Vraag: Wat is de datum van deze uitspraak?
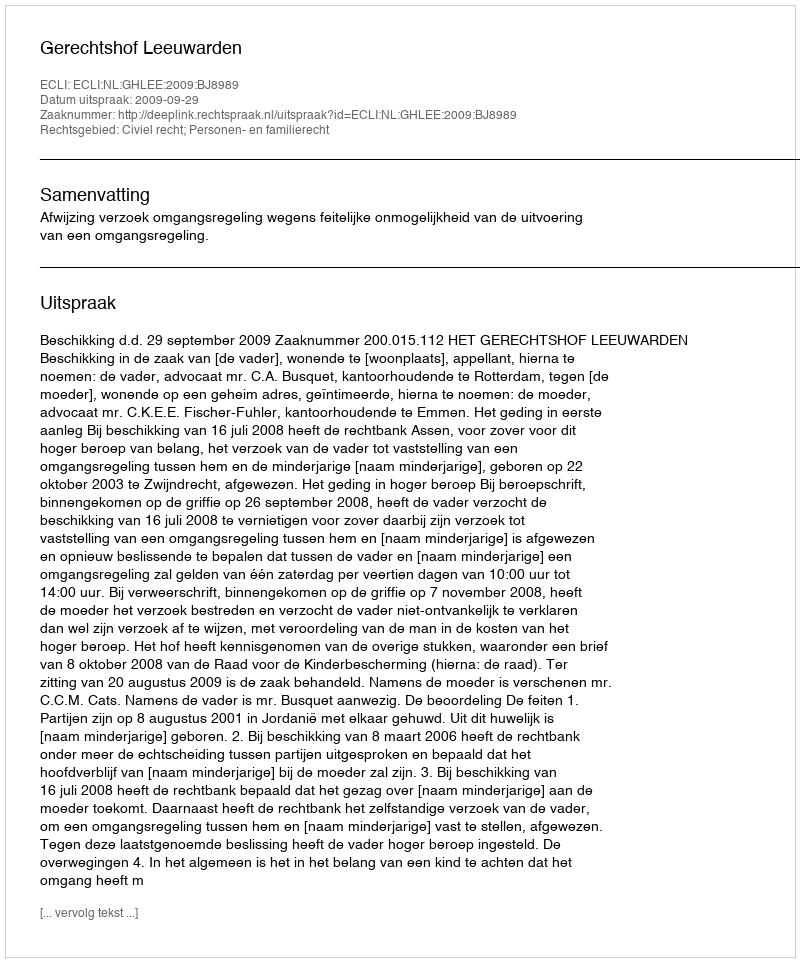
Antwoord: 2009-09-29